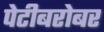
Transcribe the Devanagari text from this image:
पेटीबरोबर